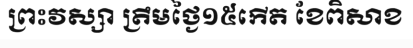
ព្រះវស្សា ត្រឹមថ្ងៃ១៥កើត ខែពិសាខ